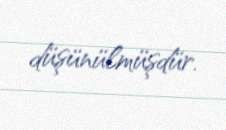
düşünülmüşdür.